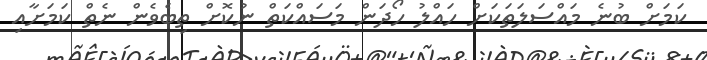
ކަމަށް ބުނެ މައްސަލަތަކަށް ހައްލު ހޯދަން މަސައްކަތް ނުކޮށް ތިބެވެން ނެތް ކަމަށާއި